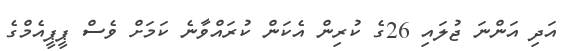
އަދި އަންނަ ޖުލައި 26ގެ ކުރިން އެކަން ކުރައްވާނެ ކަމަށް ވެސް ޕީޕީއެމްގެ